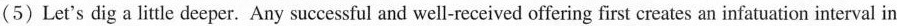
(5) Let's dig a little deeper. Any successful and well-received offering first creates an infatuation interval in